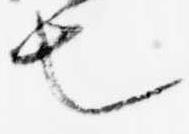
也